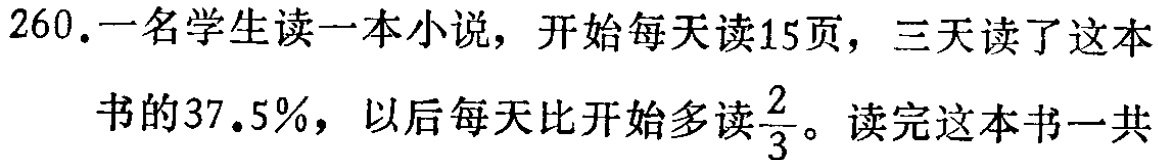
260.一名学生读一本小说，开始每天读15页，三天读了这本书的37.5%，以后每天比开始多读$\frac{2}{3}$。读完这本书一共